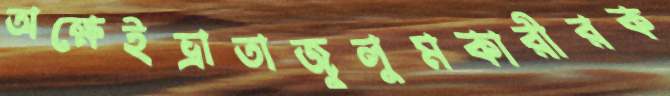
অক্ষেইভ্রাতাজুলুমকারীরক